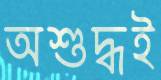
অশুদ্ধই